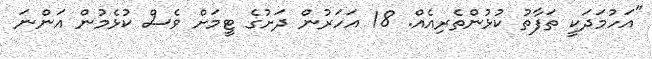
"އަހުމަދަކީ ތަފާތު ކުޅުންތެރިއެއް. 18 އަހަރުން ދަށުގެ ޓީމަށް ވެސް ކުޅެމުން އަންނަ